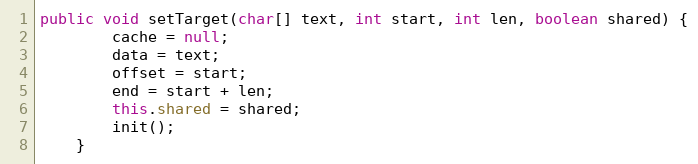
Language: Java
public void setTarget(char[] text, int start, int len, boolean shared) {
        cache = null;
        data = text;
        offset = start;
        end = start + len;
        this.shared = shared;
        init();
    }